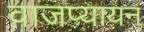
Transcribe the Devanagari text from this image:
वाजप्यायन